Report of the Hyderabad Chloroform Commission
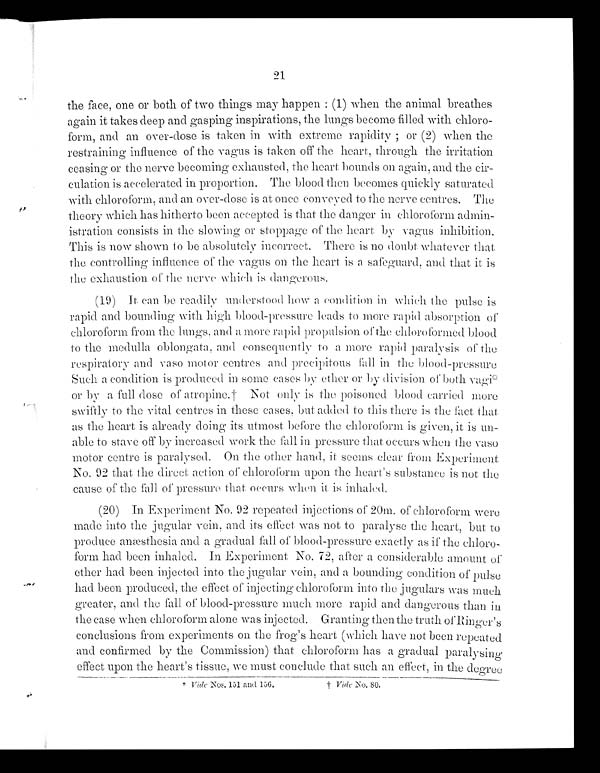
21
the face, one or both of two things may happen : (1) when the animal breathes
again it takes deep and gasping inspirations, the lungs become filled with chloro-
form, and an over-dose is taken in with extreme rapidity ; or (2) when the
restraining influence of the vagus is taken off the heart, through the irritation
ceasing or the nerve becoming exhausted, the heart bounds on again, and the cir-
culation is accelerated in proportion. The blood then becomes quickly saturated
with chloroform, and an over-dose is at once conveyed to the nerve centres. The
theory which has hitherto been accepted is that the danger in chloroform admin-
istration consists in. the slowing or stoppage of the heart by vagus
inhibition. This is now shown to be absolutely incorrect. There is no doubt whatever that
the controlling influence of the vagus on the heart is a safeguard, and that it is
the exhaustion of the nerve which is dangerous.
(19) It can be readily understood how a condition in which the pulse is
rapid and bounding with high blood-pressure leads to more rapid absorption of
chloroform from the lungs, and a more rapid propulsion of the chloroformed blood
to the medulla oblongata, and consequently to 0 more rapid paralysis of the
respiratory and vaso motor centres and precipitous fall in the blood-pressure
Such a condition is produced in some cases by ether or by division of both vagi*
or by a full dose of atropine.† Not only is the poisoned blood carried more
swiftly to the vital centres in these cases, but added to this there is the fact, that
as the heart is already doing its utmost before the chloroform is given, it is un-
able to stave off by increased work the fall in pressure that occurs when the vaso
motor centre is paralysed. On the other hand, it seems clear front Experiment
No. 92 that, the direct action of chloroform upon the heart's substance is not the
cause of the fall of pressure that occurs when it is inhaled.
(20) In Experiment No. 92 repeated injections of 20m. of chloroform were
made into the jugular vein, and its effect was not to paralyse the heart, but to
produce anæsthesia and a gradual fall of blood-pressure exactly as if the chloro-
form had been inhaled. In Experiment No. 72, after a considerable amount of
ether had been injected into the jugular vein, and a bounding condition of pulse
had been produced, the effect of injecting chloroform into the jugulars was much
greater, and the fall of blood-pressure much more rapid and dangerous than in
the case when chloroform alone was injected. Granting then the truth of Ringer's
conclusions from experiments on the frog's heart (which have not been repeated
and confirmed by the Commission) that chloroform has a gradual paralysing
effect upon the heart's tissue, we must conclude that such an effect, in the degree
*
V i d e
N o s . 1 5 1 a n d 1 5 6 . †
V i d e
N o . 8 0 .